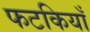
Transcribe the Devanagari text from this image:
फटकियाँ